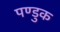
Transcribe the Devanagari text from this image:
पण्डुक